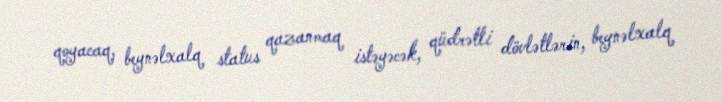
qoyacaq, beynəlxalq status qazanmaq istəyəcək, qüdrətli dövlətlərin, beynəlxalq